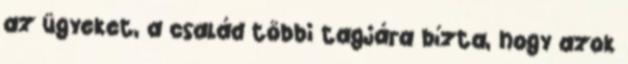
az ügyeket, a család többi tagjára bízta, hogy azok